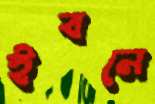
ইবনে